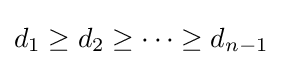
d_{1}\geq d_{2}\geq \cdots \geq d_{n-1}